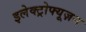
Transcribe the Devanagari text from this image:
इलेक्ट्रोफ्यूज़न